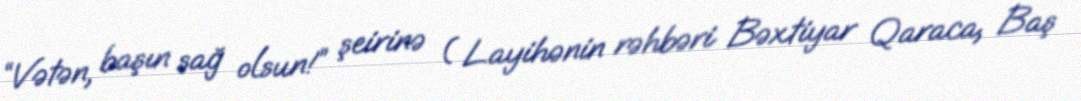
“Vətən, başın sağ olsun!” şeirinə ( Layihənin rəhbəri Bəxtiyar Qaraca, Baş